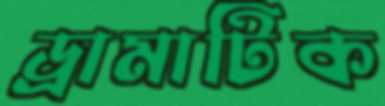
ড্রামাটিক